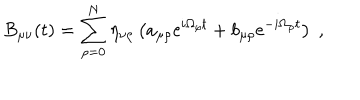
B _ { \mu \nu } ( t ) = \sum _ { \rho = 0 } ^ { N } \eta _ { \nu \rho } \left( a _ { \mu \rho } \mathrm { e } ^ { i \Omega _ { \rho } t } + b _ { \mu \rho } \mathrm { e } ^ { - i \Omega _ { \rho } t } \right) \; ,